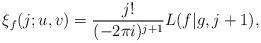
LaTeX: \begin{align*}\xi_f(j; u, v) = \frac{j!}{(-2\pi i)^{j+1}} L(f|g, j+1),\end{align*}